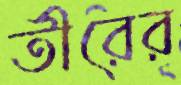
তীরের